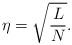
LaTeX: \begin{align*}\eta = \sqrt{{L \over N}} . \end{align*}